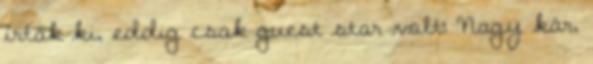
írták ki, eddig csak guest star volt: Nagy kár,